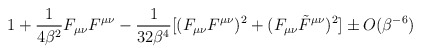
\begin{align*}1+\frac{1}{4\beta^2}F_{\mu\nu} F^{\mu\nu}-\frac{1}{32\beta^4}[(F_{\mu\nu} F^{\mu\nu})^2+(F_{\mu\nu} \tilde{F}^{\mu\nu})^2]\pm O(\beta^{-6}) \end{align*}